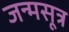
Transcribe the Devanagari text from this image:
जन्मसूत्र